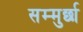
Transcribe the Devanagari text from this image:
सम्मुर्छा